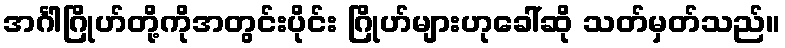
အင်္ဂါဂြိုဟ်တို့ကိုအတွင်းပိုင်း ဂြိုဟ်များဟုခေါ်ဆို သတ်မှတ်သည်။